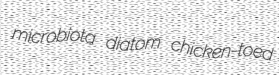
microbiota diatom chicken-toed